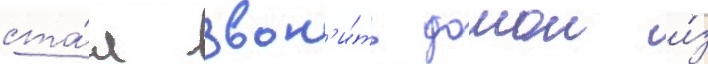
ста́л звон'и́ть домои и́з